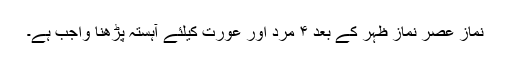
نماز عصر نماز ظہر کے بعد ۴ مرد اور عورت کیلئے آہستہ پڑھنا واجب ہے۔